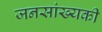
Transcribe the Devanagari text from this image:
जनसांख्यकी